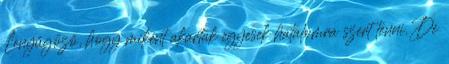
Lenyűgöző, hogy miként akartak egyesek hatalomra szert tenni. De